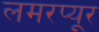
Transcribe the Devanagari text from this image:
लमरप्यूर